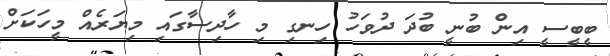
ބީބީސީ އިން ބުނީ ބުދަ ދުވަހު ހިނގި މި ހާދިސާގައި މިޔަރެއް މީހަކަށް